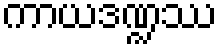
ကာယဒဏ္ဍဿ